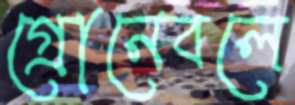
গ্রোনেবলে